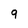
Character: q